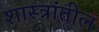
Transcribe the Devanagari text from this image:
शास्त्रांतील